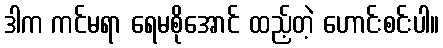
ဒါက ကင်မရာ ရေမစိုအောင် ထည့်တဲ့ ဟောင်းစင်းပါ။